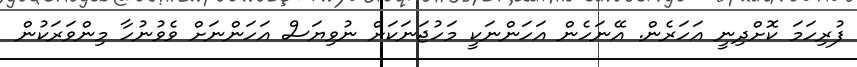
ފުރިހަމަ ކޮށްދިނީ އަހަރެން. އޭނަހެން އަހަންނަކީ މަހުޖަނަކަށް ނުވިޔަސް އަހަންނަށް ވެވުނުހާ މިންވަރަކުން